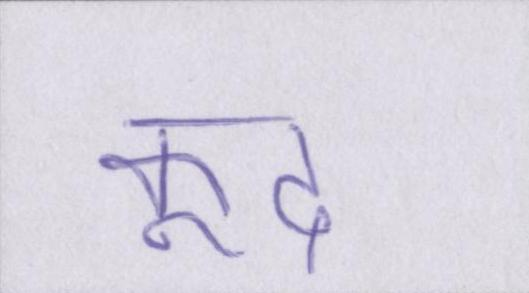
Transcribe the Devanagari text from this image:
कूद